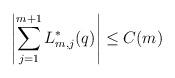
LaTeX: \begin{align*} \left\vert \sum_{j=1}^{m+1} L_{m,j}^{\ast}(q)\right\vert \leq C(m)\end{align*}